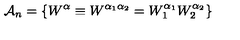
{ \bf \cal A } _ { n } = \left\{ W ^ { \alpha } \equiv W ^ { \alpha _ { 1 } \alpha _ { 2 } } = W _ { 1 } ^ { \alpha _ { 1 } } W _ { 2 } ^ { \alpha _ { 2 } } \right\}